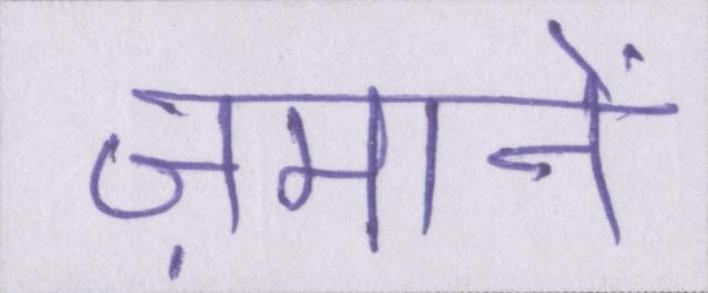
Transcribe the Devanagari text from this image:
ज़मानें